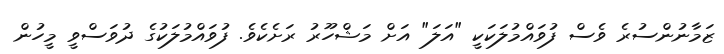
ޒަމާނުންސުރެ ވެސް ފުވައްމުލަކަކީ "އަލަ" އަށް މަޝްހޫރު ރަށެކެވެ. ފުވައްމުލަކުގެ ދުވަސްވީ މީހުން